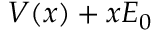
V ( x ) + x { \cal E } _ { 0 }